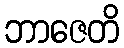
ဘာဇေတိ